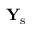
{ \bf Y } _ { \mathrm { s } }